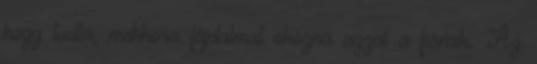
hogy tudta, mekkora fájdalmat okozna azzal a fiának. Az